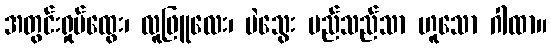
အတွင်းရှုပ်ထွေး၊ လူဖြူလေး၊ မဲသွေး မည်သည်သာ ဟူသော ဂါထာ။